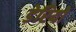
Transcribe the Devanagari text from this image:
डेरियों